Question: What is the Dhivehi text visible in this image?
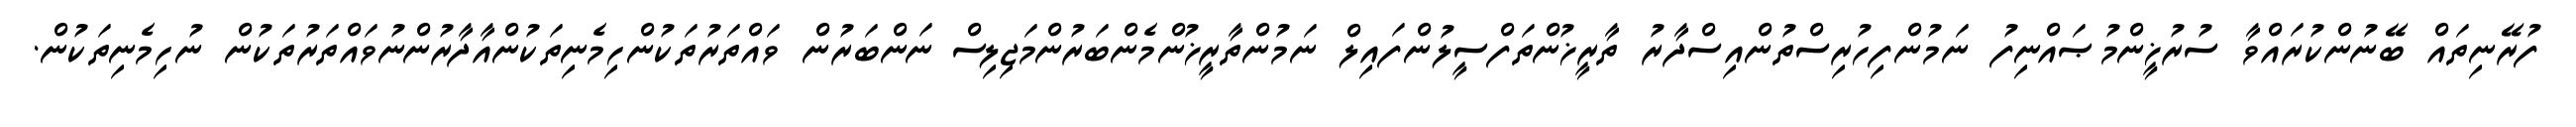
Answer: ފުރޭނިތައް ބޭނުންކުރައްވާ ސުރުޚީންމުޞައްނިފު ނަމުންފިހުރިސްތުންއިސްދާރު ތާރީޚުންތަފްސީލުންފައިލް ނަމުންތާރީޚުންމެންބަރުންމަޖިލިސް ނަންބަރުން ވައްތަރުތަކުންހިމެނިތަކުންއާދާރުންނުވައްތަރުތަކުން ނުހިމެނިތަކުން.